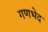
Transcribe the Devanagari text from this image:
गणभेद